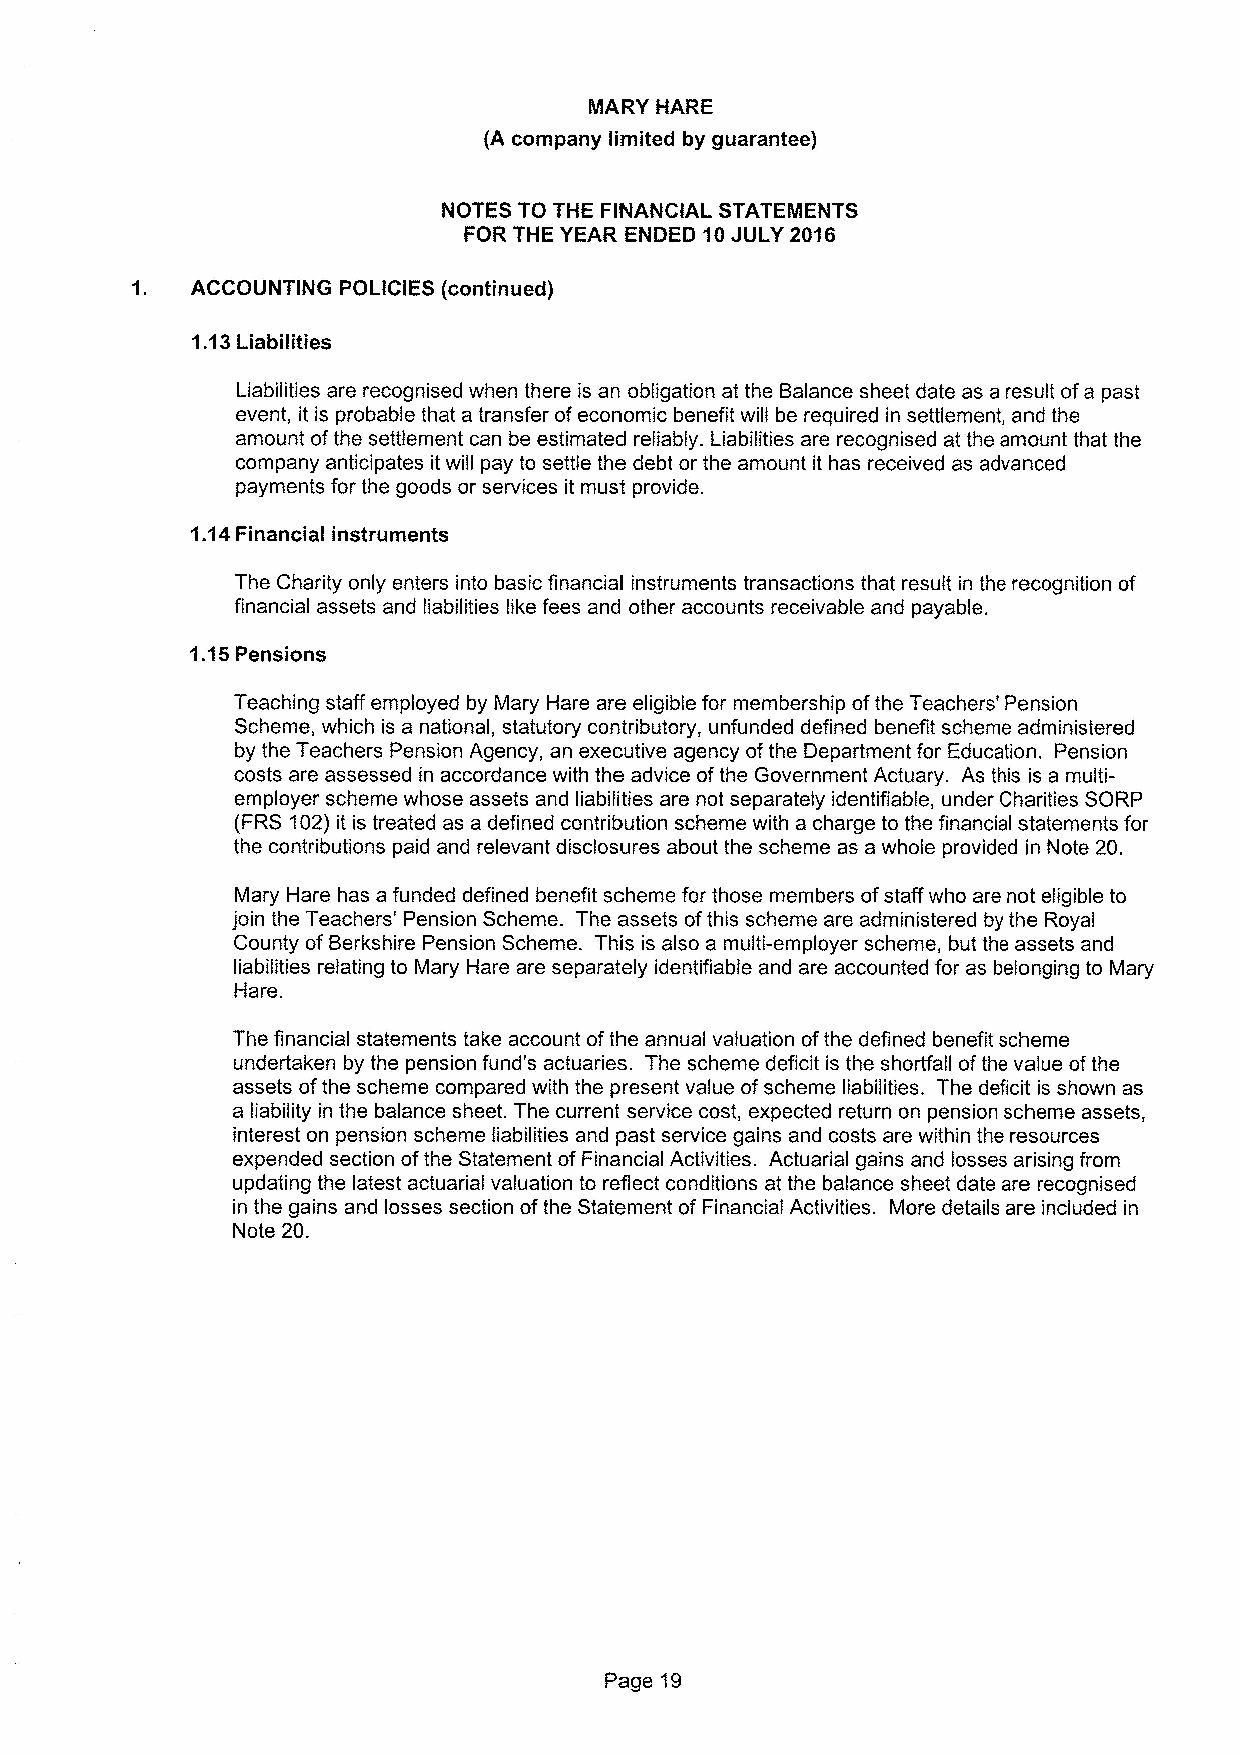
MARY HARE
 (A company limited by guarantee)
 NOTES TO THE FINANCIAL STATEMENTS
 FOR THE YEAR ENDED 10JULY 2016
 1.  ACCOUNTING POLICIES (continued)
 1.13Liabilities
 Liabilities are recognised when there is an obligation at the Balance sheet date as a result ofa past
 event, it is probable that a transfer ofeconomic benefit will be required in settlement, and the
 amount ofthe settlement can be estimated reliably. Liabilities are recognised at the amount that the
 company anticipates it will pay to settle the debt or the amount it has received as advanced
 payments for the goods or services it must provide.
 1.14Financial instruments
 The Charity only enters into basic financial instruments transactions that result in the recognition of
 financial assets and liabilities like fees and other accounts receivable and payable.
 1.15Pensions
 Teaching staff employed by Mary Hare are eligible for membership ofthe Teachers' Pension
 Scheme, which is a national, statutory contributory, unfunded defined benefit scheme administered
 by the Teachers Pension Agency, an executive agency ofthe Department for Education. Pension
 costs are assessed in accordance with the advice ofthe Government Actuary. As this is a multi-
 employer scheme whose assets and liabilities are not separately identifiable, under Charities SORP
 (FRS 102)it is treated as a defined contribution scheme with a charge to the financial statements for
 the contributions paid and relevant disclosures about the scheme as a whole provided in Note 20.
 Mary Hare has a funded defined benefit scheme for those members ofstaff who are not eligible to
 join the Teachers' Pension Scheme. The assets ofthis scheme are administered by the Royal
 County ofBerkshire Pension Scheme. This is also a multi-employer scheme, but the assets and
 liabilities relating to Mary Hare are separately identifiable and are accounted for as belonging to Mary
 Hare.
 The financial statements take account ofthe annual valuation ofthe defined benefit scheme
 undertaken by the pension fund's actuaries. The scheme deficit is the shortfall ofthe value ofthe
 assets ofthe scheme compared with the present value ofscheme liabilities. The deficit is shown as
 a liability in the balance sheet. The current service cost, expected return on pension scheme assets,
 interest on pension scheme liabilities and past service gains and costs are within the resources
 expended section ofthe Statement of Financial Activities. Actuarial gains and losses arising from
 updating the latest actuarial valuation to reflect conditions at the balance sheet date are recognised
 in the gains and losses section ofthe Statement of Financial Activities. More details are included in
 Note 20.
 Page 19